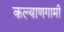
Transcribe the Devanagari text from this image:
कल्याणगामी